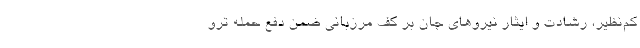
کم‌نظیر، رشادت و ایثار نیروهای جان بر کف مرزبانی ضمن دفع حمله ترو